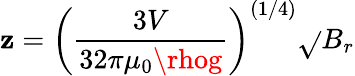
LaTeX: \mathbf{z}=\left(\frac{{3V}}{{32\pi\mu_{0}\rhog}}\right)^{(1/4)}\sqrt{}{{B_{r}}}